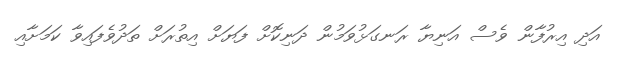
އަދި އިރުފާން ވެސް އަނިޔާ ރަނގަޅުވަމުން ދަނިކޮށް ފަޔަށް އިތުރަށް ތަދުވެފައިވާ ކަމަށާއި